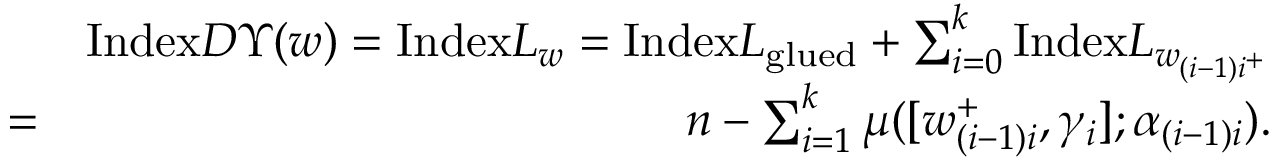
\begin{array} { r l r } & { } & { \mathrm { I n d e x } D \Upsilon ( w ) = \mathrm { I n d e x } L _ { w } = \mathrm { I n d e x } L _ { \mathrm { g l u e d } } + \sum _ { i = 0 } ^ { k } \mathrm { I n d e x } L _ { w _ { ( i - 1 ) i ^ { + } } } } \\ & { = } & { n - \sum _ { i = 1 } ^ { k } \mu ( [ w _ { ( i - 1 ) i } ^ { + } , \gamma _ { i } ] ; \alpha _ { ( i - 1 ) i } ) . } \end{array}